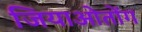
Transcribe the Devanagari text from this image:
जियाओतोंग